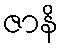
ဇာနိ